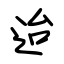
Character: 迨